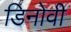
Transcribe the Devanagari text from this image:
डिनोवी